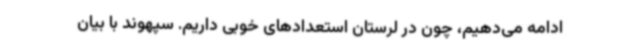
ادامه می‌دهیم، چون در لرستان استعدادهای خوبی داریم. سپهوند با بیان